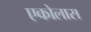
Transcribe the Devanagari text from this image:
एकोलास